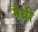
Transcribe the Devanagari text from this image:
मैथ्री